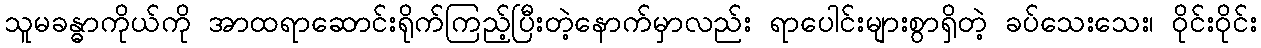
သူမခန္ဓာကိုယ်ကို အာထရာဆောင်းရိုက်ကြည့်ပြီးတဲ့နောက်မှာလည်း ရာပေါင်းများစွာရှိတဲ့ ခပ်သေးသေး၊ ဝိုင်းဝိုင်း